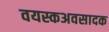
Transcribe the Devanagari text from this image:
वयस्कअवसादक